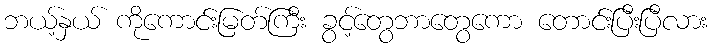
ဘယ့်နှယ် ကိုကောင်းမြတ်ကြီး ခွင့်တွေဘာတွေကော တောင်းပြီးပြီလား